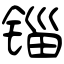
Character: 锱